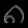
Digit: ၈